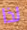
لذا